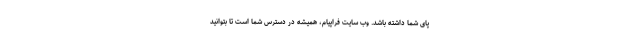
پای شما داشته باشد. وب سایت فراپیام، همیشه در دسترس شما است تا بتوانید